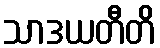
သာဒယတီတိ